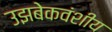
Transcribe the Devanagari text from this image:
उझबेकवंशीय